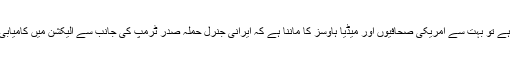
چونکہ امریکہ میں صدارتی الیکشن کا سال ہے تو بہت سے امریکی صحافیوں اور میڈیا ہاوسز کا ماننا ہے کہ ایرانی جنرل حملہ صدر ٹرمپ کی جانب سے الیکشن میں کامیابی حاصل کرنے کی کوشش میں کیا گیا ہے ۔